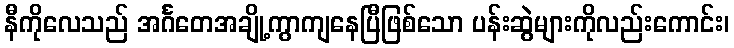
နီကိုလေသည် အင်္ဂတေအချို့ကွာကျနေပြီဖြစ်သော ပန်းဆွဲများကိုလည်းကောင်း၊